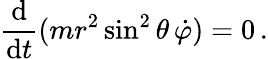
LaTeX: {\frac{\mathrm{d}}{\mathrm{d}t}}(mr^{2}\sin^{2}\theta\, {\dot{\varphi}})=0\, .